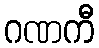
ဂဏကီ